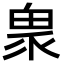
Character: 𤲄